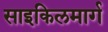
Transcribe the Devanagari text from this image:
साइकिलमार्ग